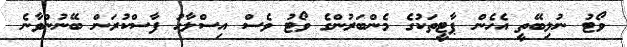
ވޯޓު ނުލިބޭތީ އެހެން ޕާޓީތަކުގެ މެންބަރުންގެ ވޯޓު ވެސް އިސްލާހު ފާސްކުރަން ބޭނުންވާނެ